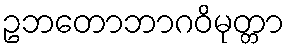
ဥဘတောဘာဂဝိမုတ္တာ